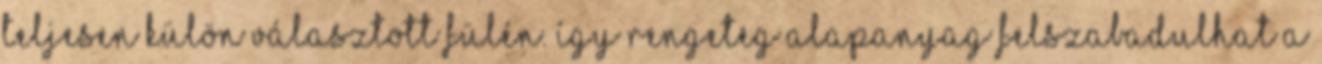
teljesen külön választott fülén. Így rengeteg alapanyag felszabadulhat a